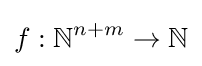
f:\mathbb {N} ^{n+m}\rightarrow \mathbb {N}